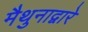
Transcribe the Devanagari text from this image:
मैथुनाद्वारे